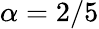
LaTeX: \alpha=2/5